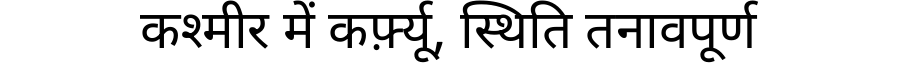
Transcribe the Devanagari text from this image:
कश्मीर में कर्फ़्यू, स्थिति तनावपूर्ण